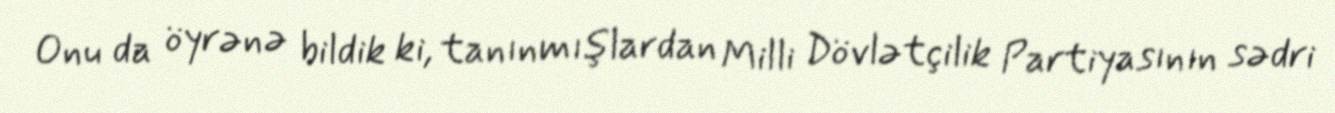
Onu da öyrənə bildik ki, tanınmışlardan Milli Dövlətçilik Partiyasının sədri